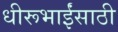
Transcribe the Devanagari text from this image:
धीरूभाईंसाठी